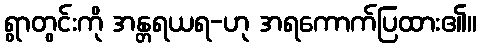
ရွာတွင်းကို အန္တရယရ-ဟု အရကောက်ပြထား၏။